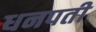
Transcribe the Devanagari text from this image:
धनपती